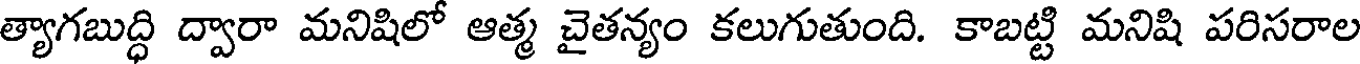
త్యాగబుద్ధి ద్వారా మనిషిలో ఆత్మ చైతన్యం కలుగుతుంది. కాబట్టి మనిషి పరిసరాల